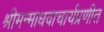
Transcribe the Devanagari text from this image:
श्रीमन्माधवाचार्यप्रणीत